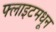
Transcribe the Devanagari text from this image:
फ्लाइटमधून